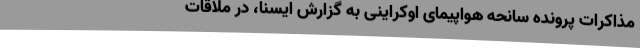
مذاکرات پرونده سانحه هواپیمای اوکراینی به گزارش ایسنا، در ملاقات